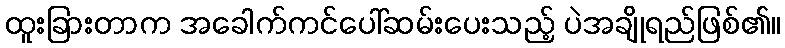
ထူးခြားတာက အခေါက်ကင်ပေါ်ဆမ်းပေးသည့် ပဲအချိုရည်ဖြစ်၏။